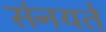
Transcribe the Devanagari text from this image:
संनयते